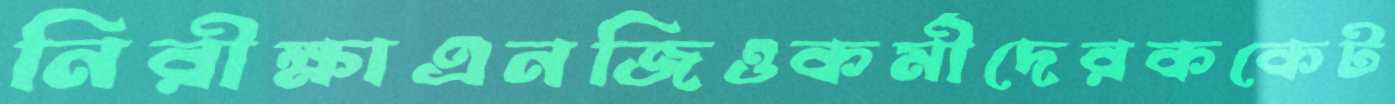
নিরীক্ষাএনজিওকর্মীদেরককেট